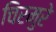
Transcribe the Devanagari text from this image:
चिरमुरे